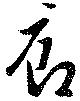
廊